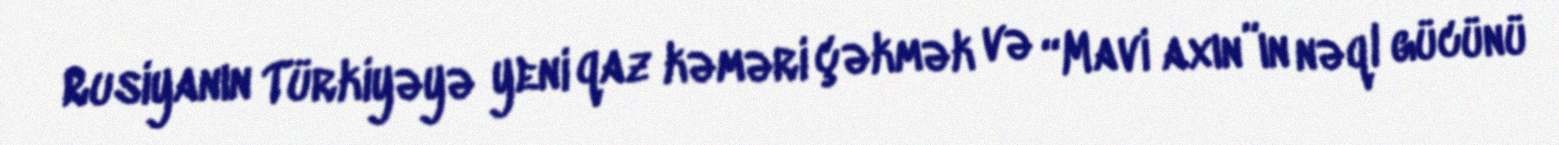
Rusiyanın Türkiyəyə yeni qaz kəməri çəkmək və “Mavi axın”ın nəql gücünü